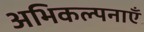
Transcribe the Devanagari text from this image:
अभिकल्पनाएँ